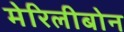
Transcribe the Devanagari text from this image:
मेरिलीबोन